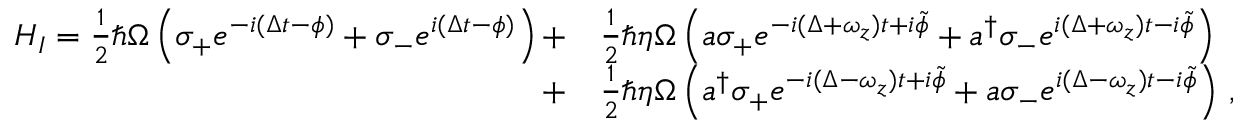
\begin{array} { r l } { H _ { I } = \frac { 1 } { 2 } \hbar \Omega \left( \sigma _ { + } e ^ { - i ( \Delta t - \phi ) } + \sigma _ { - } e ^ { i ( \Delta t - \phi ) } \right) + } & { \frac { 1 } { 2 } \hbar \eta \Omega \left( a \sigma _ { + } e ^ { - i ( \Delta + \omega _ { z } ) t + i \tilde { \phi } } + a ^ { \dagger } \sigma _ { - } e ^ { i ( \Delta + \omega _ { z } ) t - i \tilde { \phi } } \right) } \\ { + } & { \frac { 1 } { 2 } \hbar \eta \Omega \left( a ^ { \dagger } \sigma _ { + } e ^ { - i ( \Delta - \omega _ { z } ) t + i \tilde { \phi } } + a \sigma _ { - } e ^ { i ( \Delta - \omega _ { z } ) t - i \tilde { \phi } } \right) \, , } \end{array}